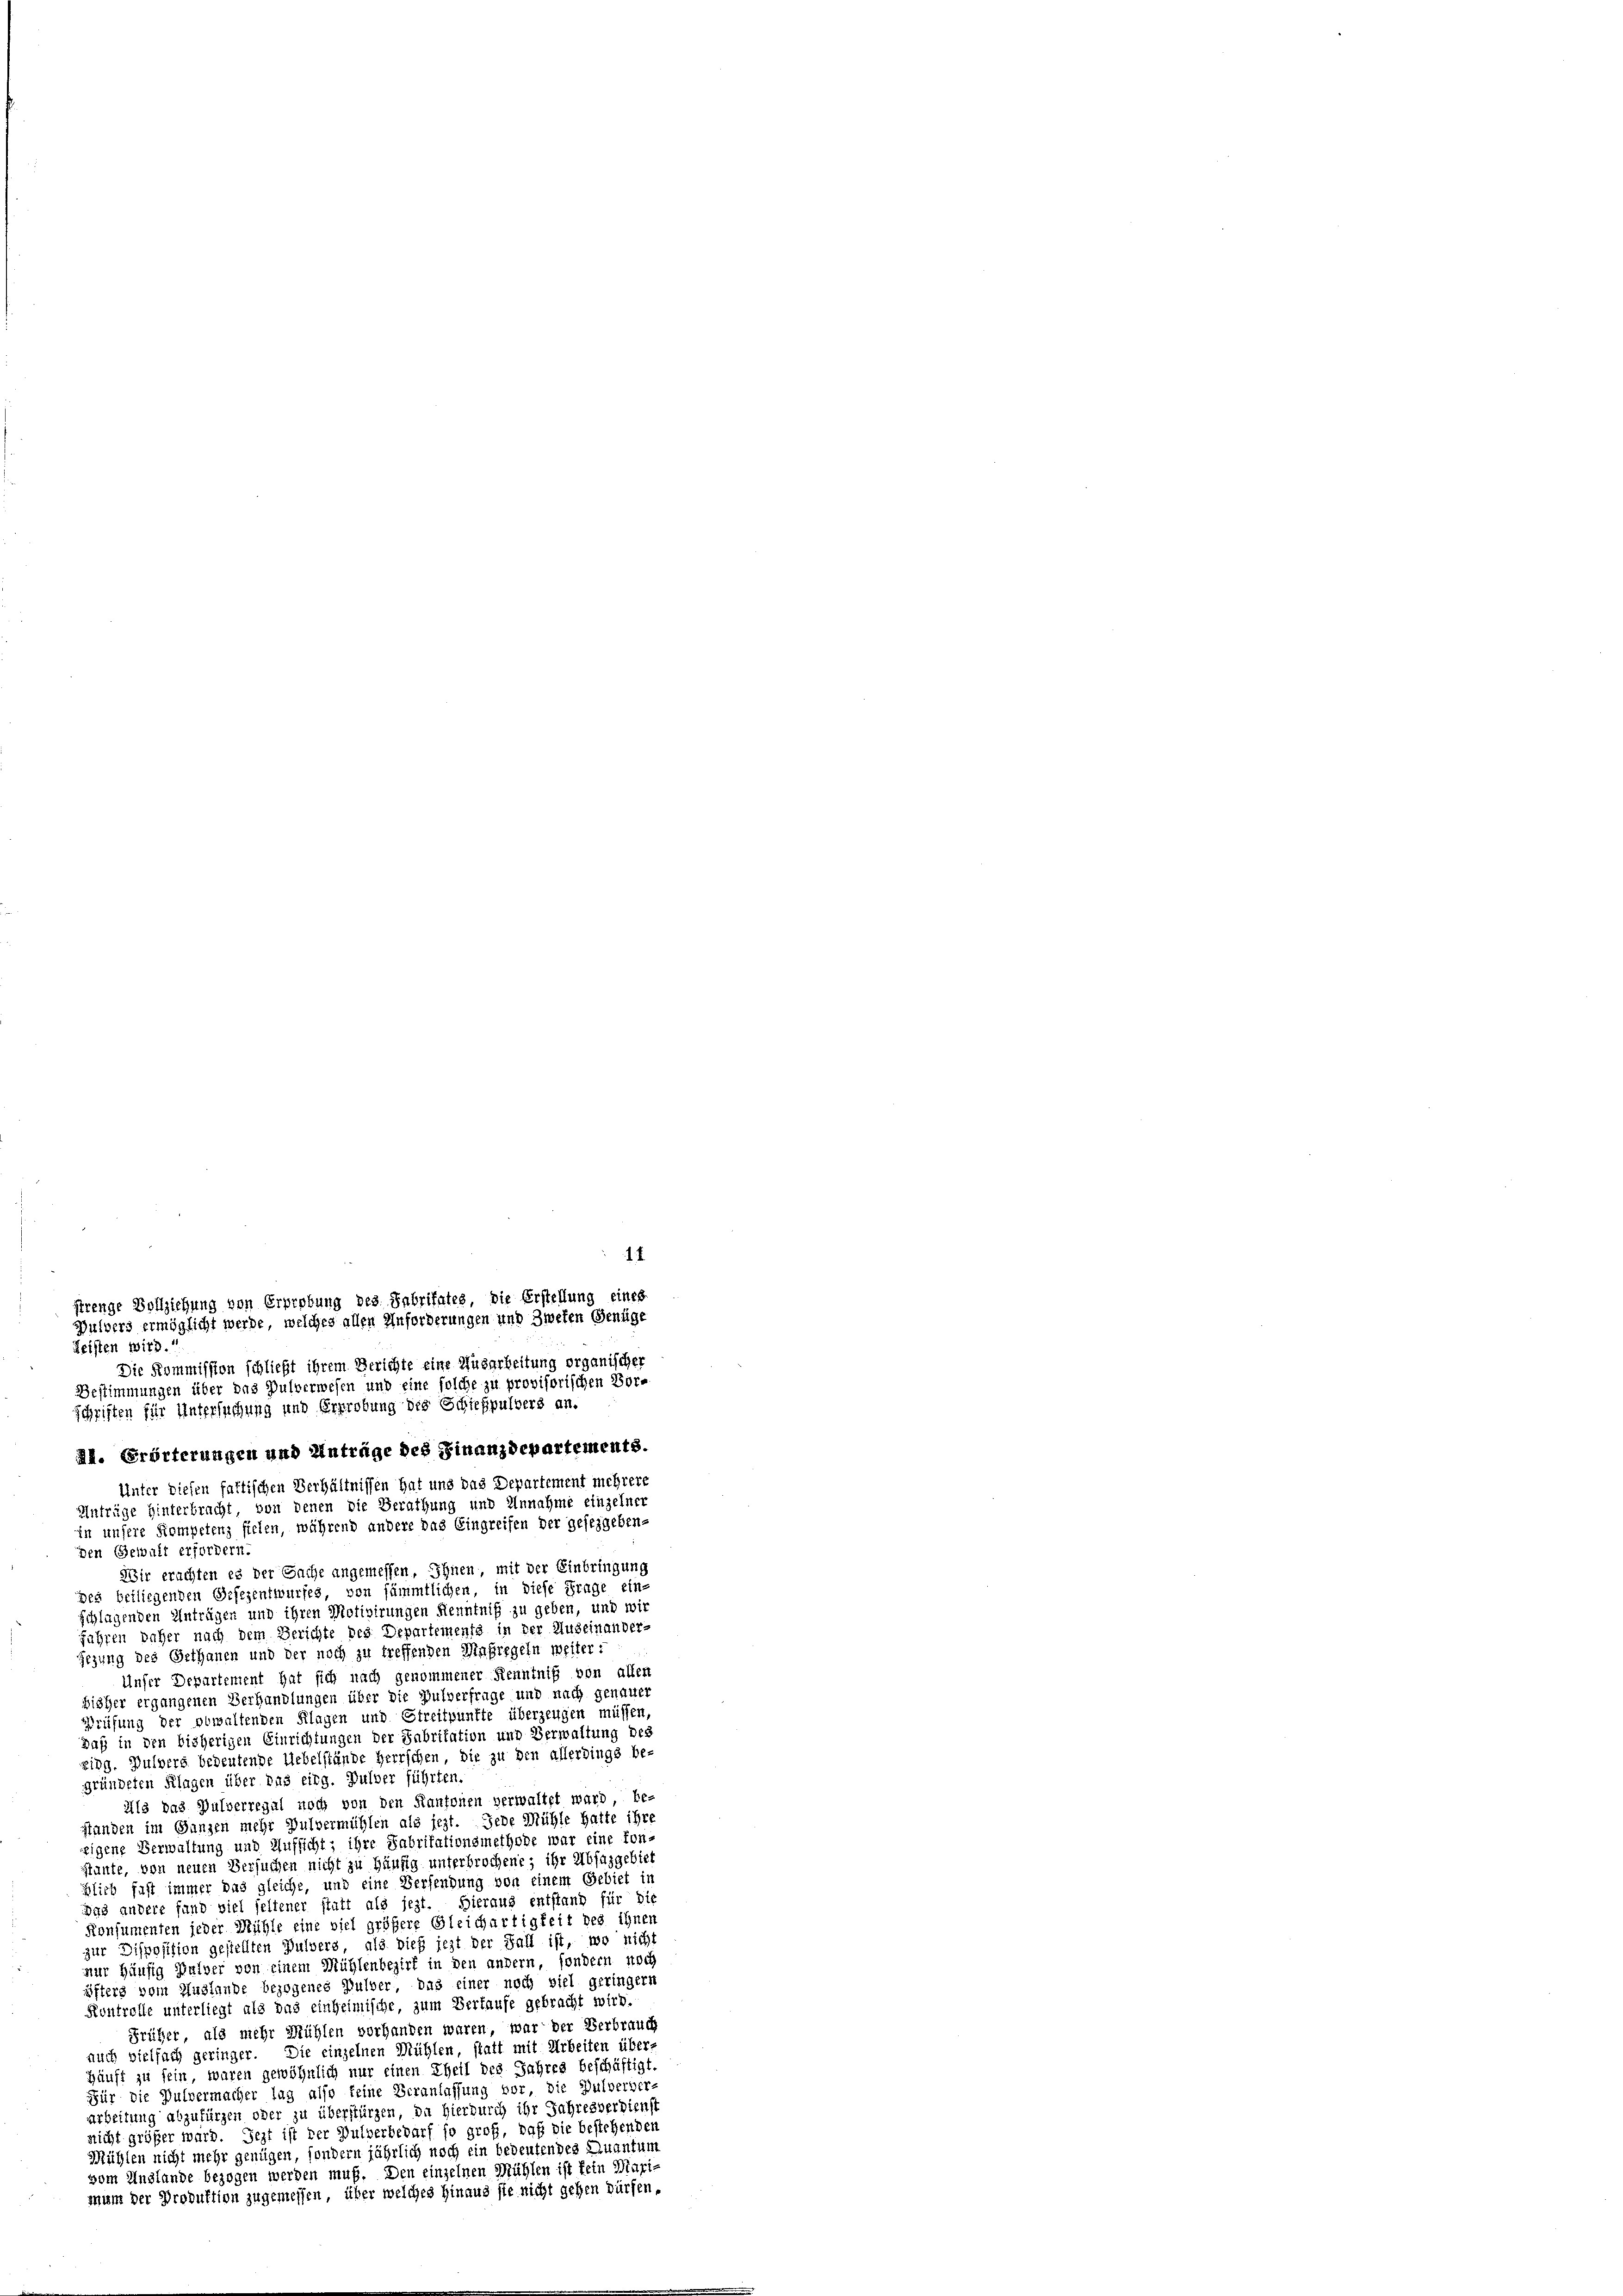
12
strenge Vollziehung von Erprebung des Fabritates, die Erstellung eines
Bulberg ermöglicht werde, welches allen Anforderungen und Zweten Genüge
Leisten wird.

Die Kommission schließt ihrem Berichte eine Ausarbeitung organischer
Bestimmungen über das Pulverwesen und eine solche zu provisorischen Vorschriften für Untersuchung und Erprobung des Schießpulvers an.
Al. Erörterungen und Anträge des Finanzdepartements.
Unter diesen fattischen Verhältnissen hat und das Departement mehrere
Anträge hinterbracht, von denen die Berathung und Annahme einzelner
in unsere Kompetenz stehen, während andere das Eingreifen der gesezgebenden Gewalt erfordern.
Wir erachten es der Sache angemessen, Ihnen mit der Einbringung
des beiliegenden Gesezentwurfes, von sämmtlichen, in diese Frage ein-
schlagenden Anträgen und ihren Motivirungen Kenntniß zu geben, und wir
Jahren daher nach dem Gerichte des Departements in der Auseinander
Gezung des Gethanen und der noch zu treffenden Maßregeln weiter:
Unser Departement hat sich nach genommener Kenntniß von aller
bisher ergangenen Verhandlungen über die Pulverfrage und nach genauer
Prüfung der obwaltenden Klagen und Streitpunkte überzeugen müssen
Daß in den bisherigen Einrichtungen der Fabritation und Verwaltung des
zing. Pulvers bedeutende Uebelstände Herrschen, die zu den allerdings be-
gründeten Klagen über das eidg. Pulver führten.
Als das Pulverregal noch von den Kantonen verwaltet ward, be-
standen im Ganzen mehr Pulvermühlen als jezt. Jede Mühle hatte ihre
eigene Verwaltung und Aufsicht; ihre Fabritationsmethode war eine konstante, von neuen Versuchen nicht zu häufig unterbrochene; ihr Abfazgebiet
blieb fast immer das gleiche, und eine Versendung von einem Gebiet in
Das andere fand viel seltener statt als jezt. Hieraus entstand für die
Konsumenten jeder Mühle eine viel größere Gleichartigkeit des ihnen
zur Disposition gestellten Pulvers, als dies jezt der Fall ist, wo nicht
nur häufig Balver von einem Mühlenbezirk in den andern, sondern noch
üfters vom Auslande bezogenes Pulver, das einer noch viel geringern
Kontrolle unterliegt als das einheimische, zum Vertaufe gebracht wird.
Früher, als mehr Mühlen vorhanden waren, war der Verbrauch
auch vielfach geringer. Die einzelnen Mühlen, statt mit Arbeiten über
Gäuft zu sein, waren gewöhnlich nur einen Theil des Jahres beschäftigt
Für die Pulvermacher lag also keine Veranlassung vor, die Pulverver-
arbeitung abzufürgen oder zu überstürzen, da hierdurch ihr Jahresverdienst
nicht größer ward. Jezt ist der Pulverbedarf so groß, daß die bestehenden
Mühlen nicht mehr genügen, sondern jährlich noch ein bedeutendes Quantum
vom Unglande bezogen werden muß. Den einzelnen Mühlen ist fein Maxi-
mum der Produktion zugemessen, über welches hinaus sie nicht gehen dürfen.